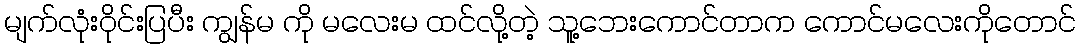
မျက်လုံးဝိုင်းပြပီး ကျွန်မ ကို မလေးမ ထင်လို့တဲ့ သူ့ဘေးကောင်တာက ကောင်မလေးကိုတောင်